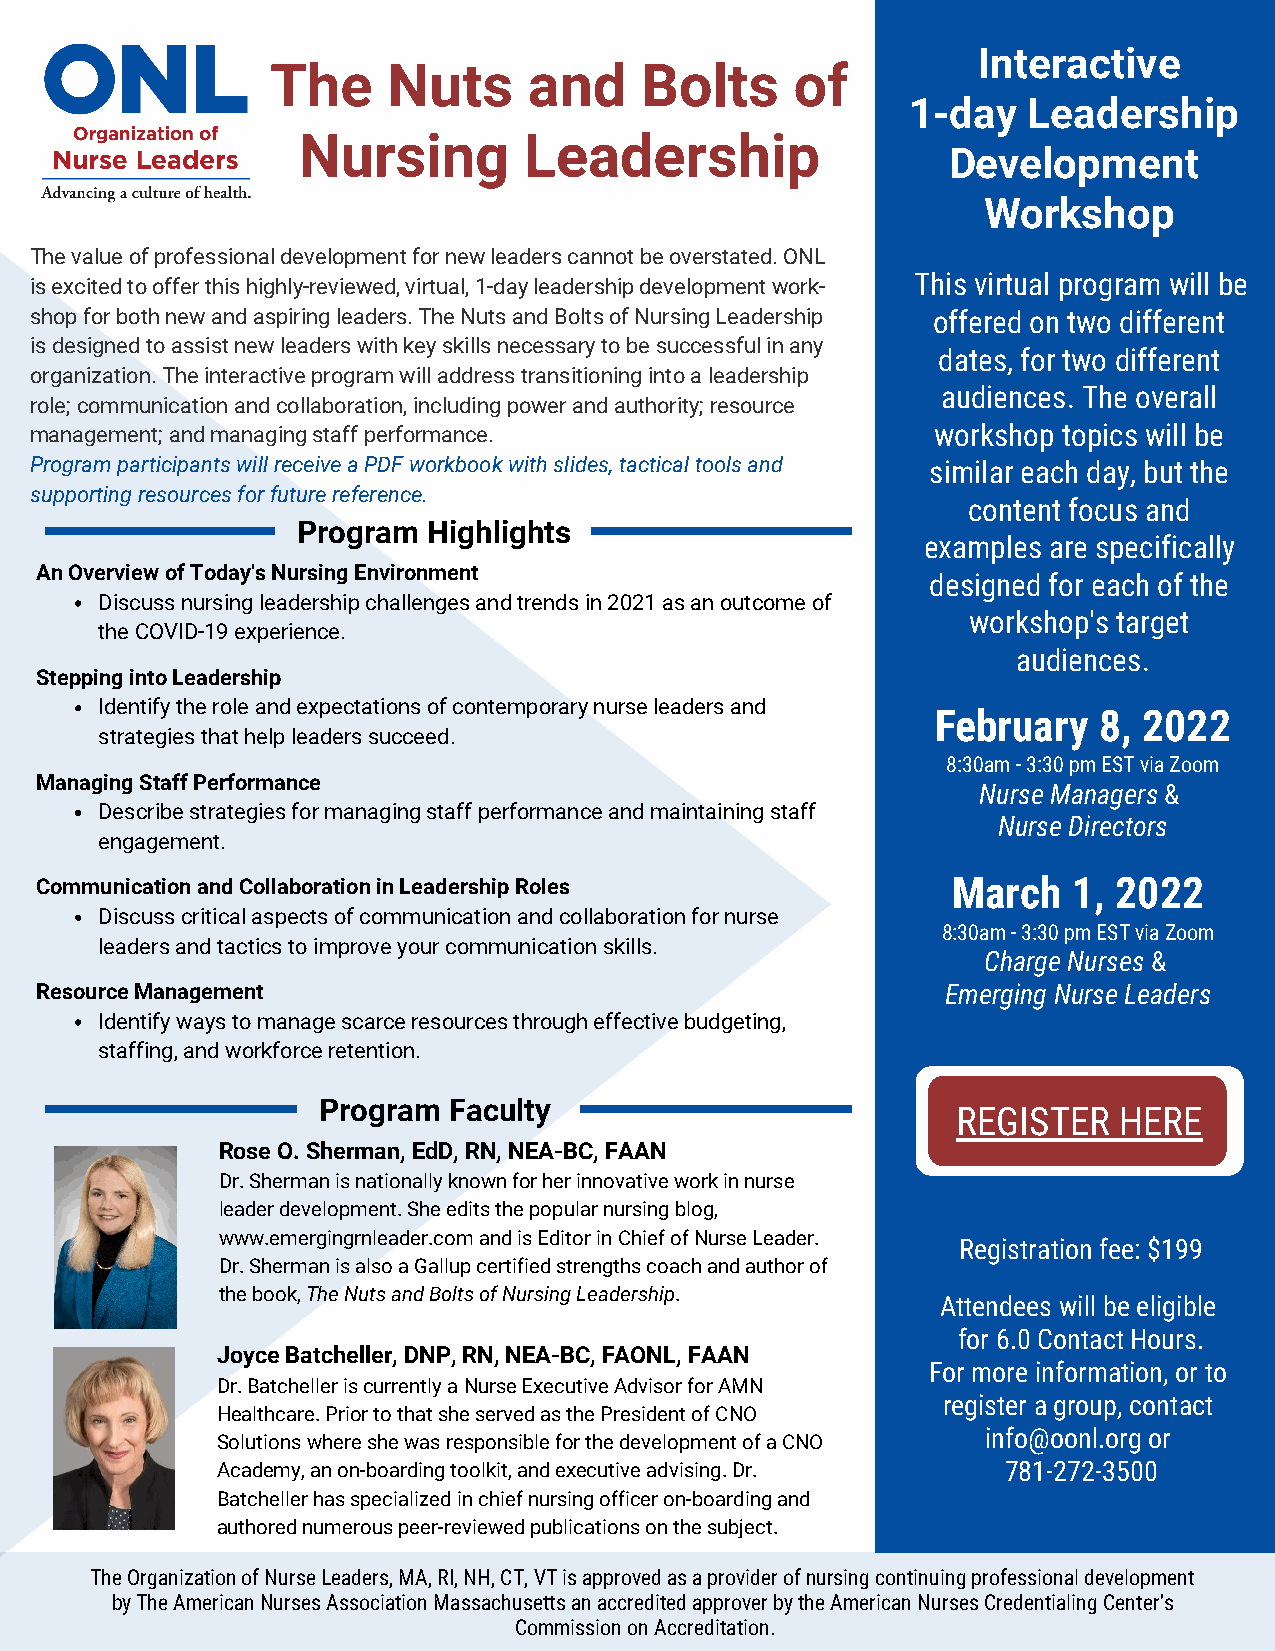
Interactive
 The     Nuts     and    Bolts      of
 1-day   Leadership
 Nursing        Leadership
 Development
 Workshop
 The value of professional development for new leaders cannot be overstated. ONL
 is excited to offer this highly-reviewed, virtual, 1-day leadership development work- This virtual program will be
 shop for both new and aspiring leaders. The Nuts and Bolts of Nursing Leadership offered on two different
 is designed to assist new leaders with key skills necessary to be successful in any
 dates, for two different
 organization. The interactive program will address transitioning into a leadership
 audiences. The overall
 role; communication and collaboration, including power and authority; resource
 management; and managing staff performance.                 workshop topics will be
 Program participants will receive a PDF workbook with slides, tactical tools and similar each day, but the
 supporting resources for future reference.
 content focus and
 Program Highlights
 examples are specifically
 An Overview of Today's Nursing Environment
 designed for each of the
 Discuss nursing leadership challenges and trends in 2021 as an outcome of
 workshop's target
 the COVID-19 experience.
 audiences.
 Stepping into Leadership
 Identify the role and expectations of contemporary nurse leaders and
 February   8, 2022
 strategies that help leaders succeed.
 8:30am - 3:30 pm EST via Zoom
 Managing Staff Performance
 Nurse Managers &
 Describe strategies for managing staff performance and maintaining staff
 Nurse Directors
 engagement.
 Communication and Collaboration in Leadership Roles          March   1, 2022
 Discuss critical aspects of communication and collaboration for nurse
 8:30am - 3:30 pm EST via Zoom
 leaders and tactics to improve your communication skills.
 Charge Nurses &
 Resource Management                                          Emerging Nurse Leaders
 Identify ways to manage scarce resources through effective budgeting,
 staffing, and workforce retention.
 Program  Faculty
 REGISTER   HERE
 Rose O. Sherman, EdD, RN, NEA-BC, FAAN
 Dr. Sherman is nationally known for her innovative work in nurse
 leader development. She edits the popular nursing blog,
 www.emergingrnleader.com and is Editor in Chief of Nurse Leader.
 Registration fee: $199
 Dr. Sherman is also a Gallup certified strengths coach and author of
 the book, The Nuts and Bolts of Nursing Leadership.
 Attendees will be eligible
 for 6.0 Contact Hours.
 Joyce Batcheller, DNP, RN, NEA-BC, FAONL, FAAN
 For more information, or to
 Dr. Batcheller is currently a Nurse Executive Advisor for AMN
 register a group, contact
 Healthcare. Prior to that she served as the President of CNO
 info@oonl.org or
 Solutions where she was responsible for the development of a CNO
 Academy, an on-boarding toolkit, and executive advising. Dr. 781-272-3500
 Batcheller has specialized in chief nursing officer on-boarding and
 authored numerous peer-reviewed publications on the subject.
 The Organization of Nurse Leaders, MA, RI, NH, CT, VT is approved as a provider of nursing continuing professional development
 by The American Nurses Association Massachusetts an accredited approver by the American Nurses Credentialing Center’s
 Commission on Accreditation.